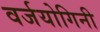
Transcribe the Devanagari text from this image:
वर्जयोगिनी